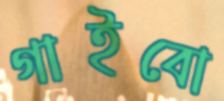
গাইবো